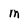
Character: M